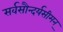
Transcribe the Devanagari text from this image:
सर्वसौन्दर्यसीमन्